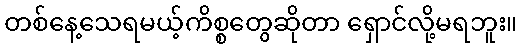
တစ်နေ့သေရမယ့်ကိစ္စတွေဆိုတာ ရှောင်လို့မရဘူး။